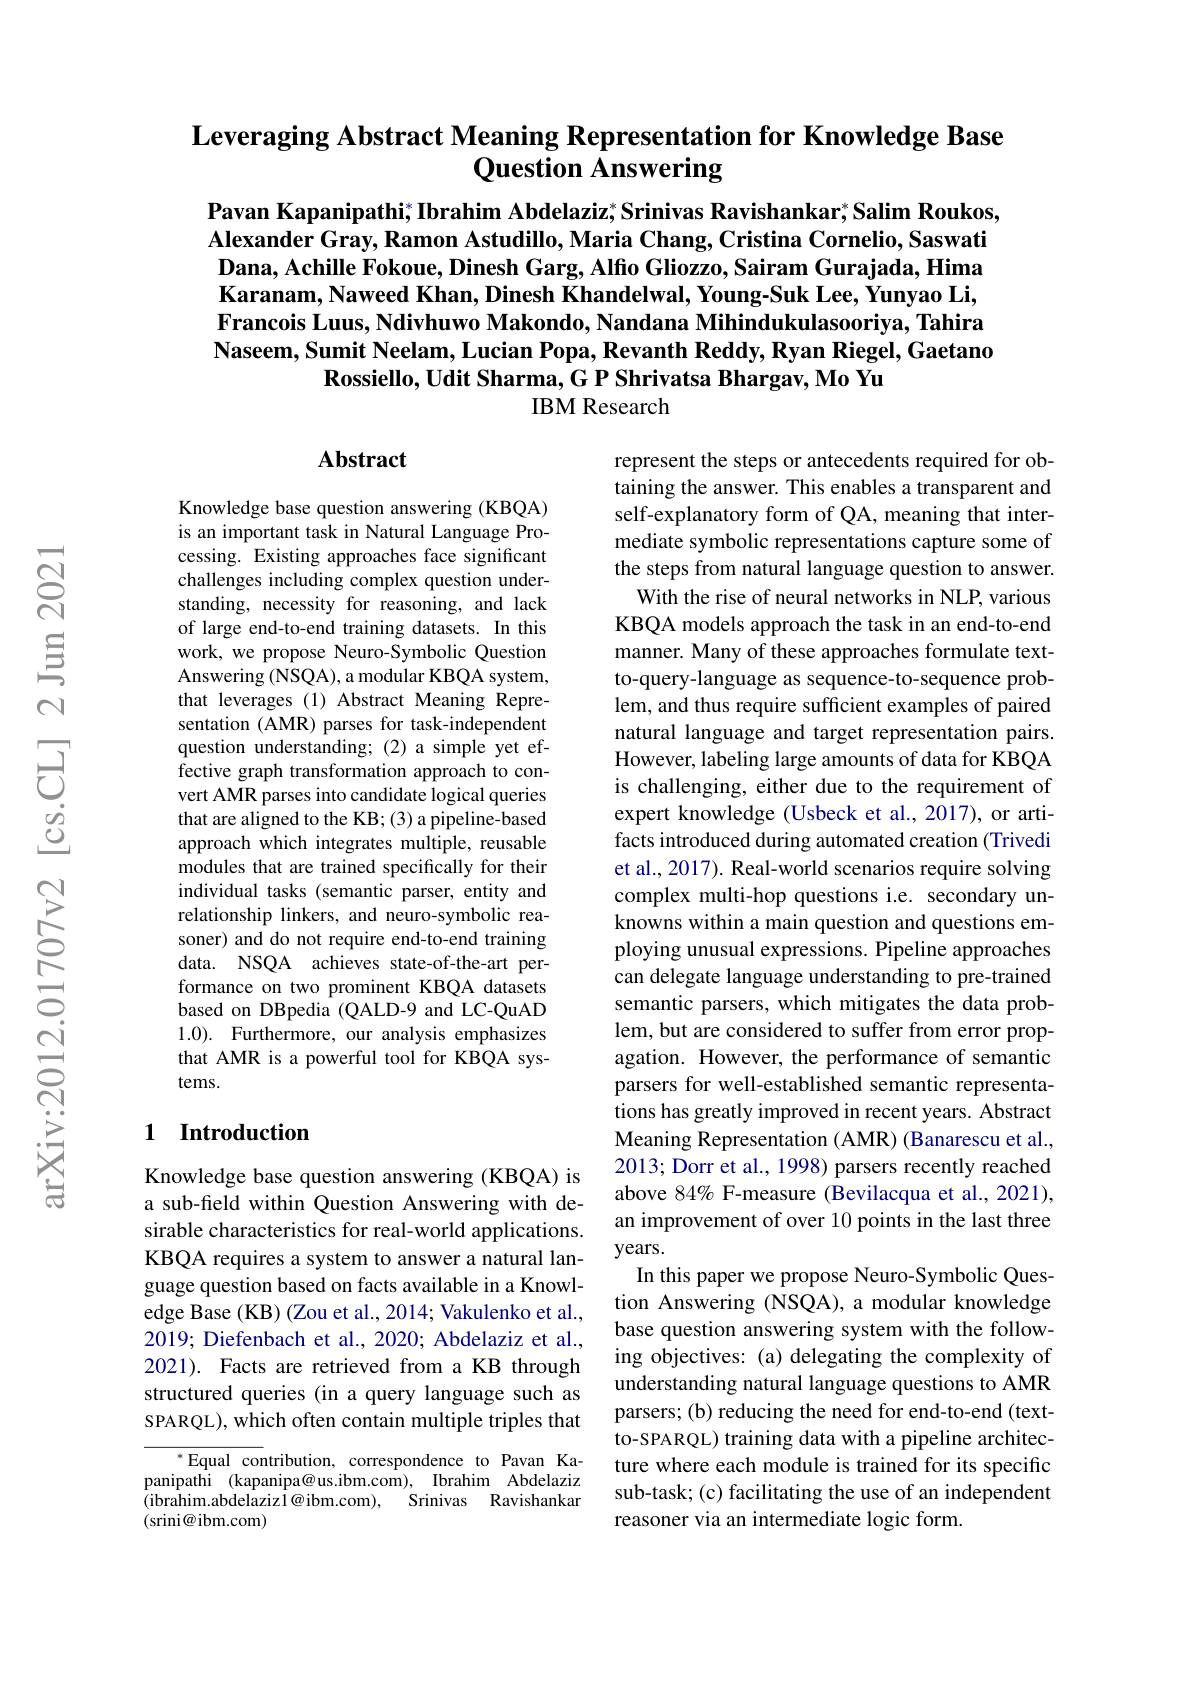
# $\textbf{Leveraging Abstract Meaning Representation for Knowledge Base}$ Question Answering

Pavan Kapanipathi; Ibrahim Abdelaziz, Srinivas Ravishankar; Salim Roukos, Alexander Gray, Ramon Astudillo, Maria Chang, Cristina Cornelio, Saswati $\textbf{Dana, Achille Fokoue, Dinesh Garg, Alfio Gliozzo, Sairam Gurajada, Hima}$ Karanam, Naweed Khan, Dinesh Khandelwal, Young-Suk Lee, Yunyao Li, Francois Luus, Ndivhuwo Makondo, Nandana Mihindukulasooriya, Tahira $\textbf{Naseem, Sumit Neelam, Lucian Popa, Revanth Reddy, Ryan Riegel, Gaetano}$
$\textbf{Rossiello, Udit Sharma, G P Shrivatsa Bhargav, Mo Yu}$
IBM Research

## Abstract

Knowledge base question answering (KBQA) is an important task in Natural Language Processing. Existing approaches face significant challenges including complex question understanding, necessity for reasoning, and lack of large end-to-end training datasets. In this work, we propose Neuro-Symbolic Question Answering (NSQA), a modular KBQA system, that leverages (1) Abstract Meaning Representation (AMR) parses for task-independent question understanding;(2)asimple yet effective graph transformation approach to convert AMR parses into candidate logical queries that are aligned to the KB; (3) a pipeline-based approach which integrates multiple, reusable modules that are trained specifically for their individual tasks (semantic parser, entity and relationship linkers, and neuro-symbolic reasoner) and do not require end-to-end training data. NSQA achieves state-of-the-art performance on two prominent KBQA datasets based on DBpedia (QALD-9 and LC-QuAD 1.0). Furthermore, our analysis emphasizes that AMR is a powerful tool for KBQA systems.

represent the steps or antecedents required for obtaining the answer. This enables a transparent and self-explanatory form of QA, meaning that intermediate symbolic representations capture some of the steps from natural language question to answer.
With the rise of neural networks in NLP, various KBQA models approach the task in an end-to-end manner. Many of these approaches formulate textto-query-language as sequence-to-sequence problem, and thus require sufficient examples of paired natural language and target representation pairs. However, labeling large amounts of data for KBQA is challenging, either due to the requirement of expert knowledge (Usbeck et al., 2017), or artifacts introduced during automated creation (Trivedi et al., 2017). Real-world scenarios require solving complex multi-hop questions i.e. secondary unknowns within a main question and questions employing unusual expressions. Pipeline approaches can delegate language understanding to pre-trained semantic parsers, which mitigates the data problem, but are considered to suffer from error propagation. However, the performance of semantic parsers for well-established semantic representations has greatly improved in recent years. Abstract Meaning Representation (AMR) (Banarescu et al., 2013; Dorr et al., 1998) parsers recently reached above $84\%$ F-measure (Bevilacqua et al., 2021), an improvement of over 10 points in the last three years.
In this paper we propose Neuro-Symbolic Question Answering (NSQA), a modular knowledge base question answering system with the following objectives: (a) delegating the complexity of understanding natural language questions to AMR parsers; (b) reducing the need for end-to-end (textto-SPARQL) training data with a pipeline architecture where each module is trained for its specific sub-task; (c) facilitating the use of an independent reasoner via an intermediate logic form.

## 1 Introduction

Knowledge base question answering (KBQA) is a sub-field within Question Answering with desirable characteristics for real-world applications. KBQA requires a system to answer a natural language question based on facts available in a Knowledge Base (KB) (Zou et al., 2014; Vakulenko et al., 2019; Diefenbach et al., 2020; Abdelaziz et al., 2021). Facts are retrieved from a KB through structured queries (in a query language such as SPARQL), which often contain multiple triples that

$^*$Equal contribution, correspondence to Pavan Kapanipathi (kapanipa@us.ibm.com), Ibrahim Abdelaziz (ibrahim.abdelazizl@ibm.com),~{}Srinivas~Ravishankar (srini@ibm.com)